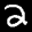
Label: 2